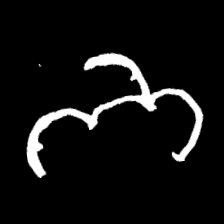
Pyu character \u2014 Myanmar letter: ဘ (romanized: bha)